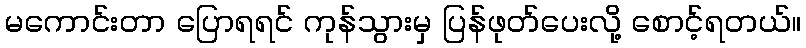
မကောင်းတာ ပြောရရင် ကုန်သွားမှ ပြန်ဖုတ်ပေးလို့ စောင့်ရတယ်။